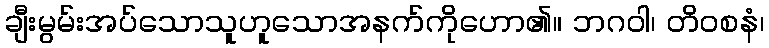
ချီးမွမ်းအပ်သောသူဟူသောအနက်ကိုဟော၏။ ဘဂဝါ၊ တိဝစနံ၊